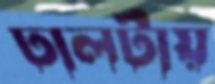
ঢালটায়